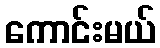
ကောင်းမယ်